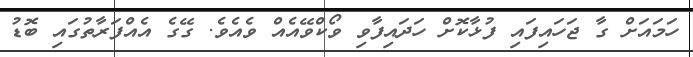
ހަމައަށް ގާ ޖަހައިފައި ފުޅާކޮށް ހަދައިފާވި ވޯކްވޭއެއް ވެއެވެ. ގޭގެ އެއްފަރާތުގައި ބޮޑު